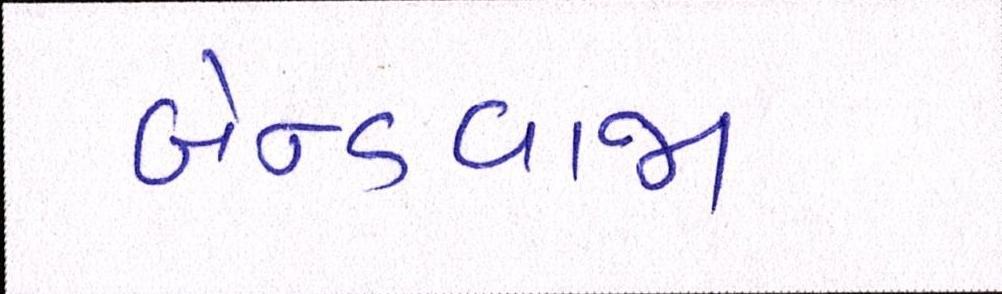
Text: બેન્ડવાજા